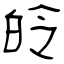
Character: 皊